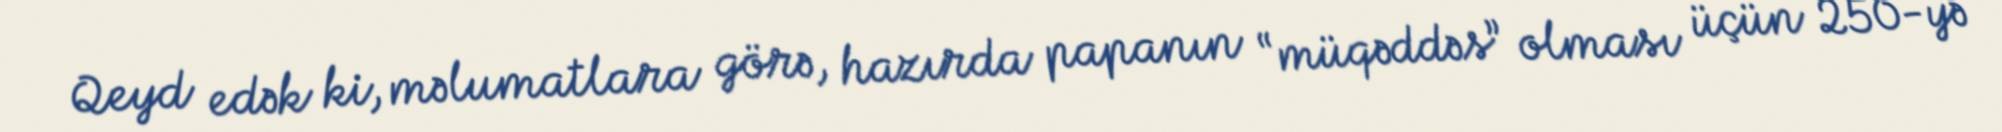
Qeyd edək ki, məlumatlara görə, hazırda papanın “müqəddəs” olması üçün 250-yə